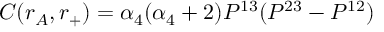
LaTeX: C ( r _ { A } , r _ { + } ) = \alpha _ { 4 } ( \alpha _ { 4 } + 2 ) P ^ { 1 3 } ( P ^ { 2 3 } - P ^ { 1 2 } )